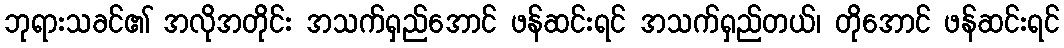
ဘုရားသခင်၏ အလိုအတိုင်း အသက်ရှည်အောင် ဖန်ဆင်းရင် အသက်ရှည်တယ်၊ တိုအောင် ဖန်ဆင်းရင်